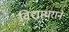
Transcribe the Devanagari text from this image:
विद्याधराने